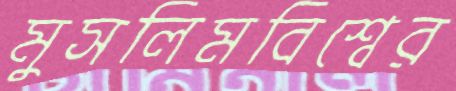
মুসলিমবিশ্বের